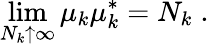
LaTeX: \operatorname*{lim}_{N_{k}\uparrow\infty}\mu_{k}\mu_{k}^{\ast}=N_{k}\; .